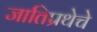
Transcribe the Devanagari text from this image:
जातिप्रथेचे